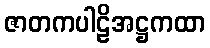
ဇာတကပါဠိအဋ္ဌကထာ